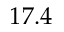
1 7 . 4